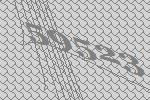
59523